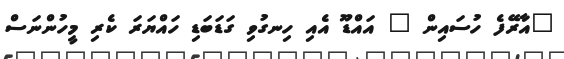
"އާރޭފެ ހުސައިން " އައްޑޫ އެއި ހިނގުވި ގަޑަބަޑި ހައްޔަރަ ކެރި މީހުންނަސް